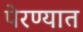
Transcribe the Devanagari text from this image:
पेरण्यात